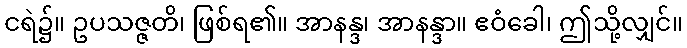
ငရဲ၌။ ဥပသဇ္ဇတိ၊ ဖြစ်ရ၏။ အာနန္ဒ၊ အာနန္ဒာ။ ဧဝံခေါ၊ ဤသို့လျှင်။